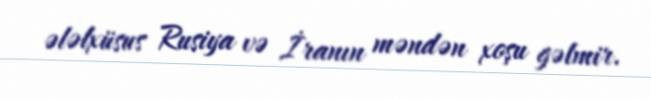
ələlxüsus Rusiya və İranın məndən xoşu gəlmir.